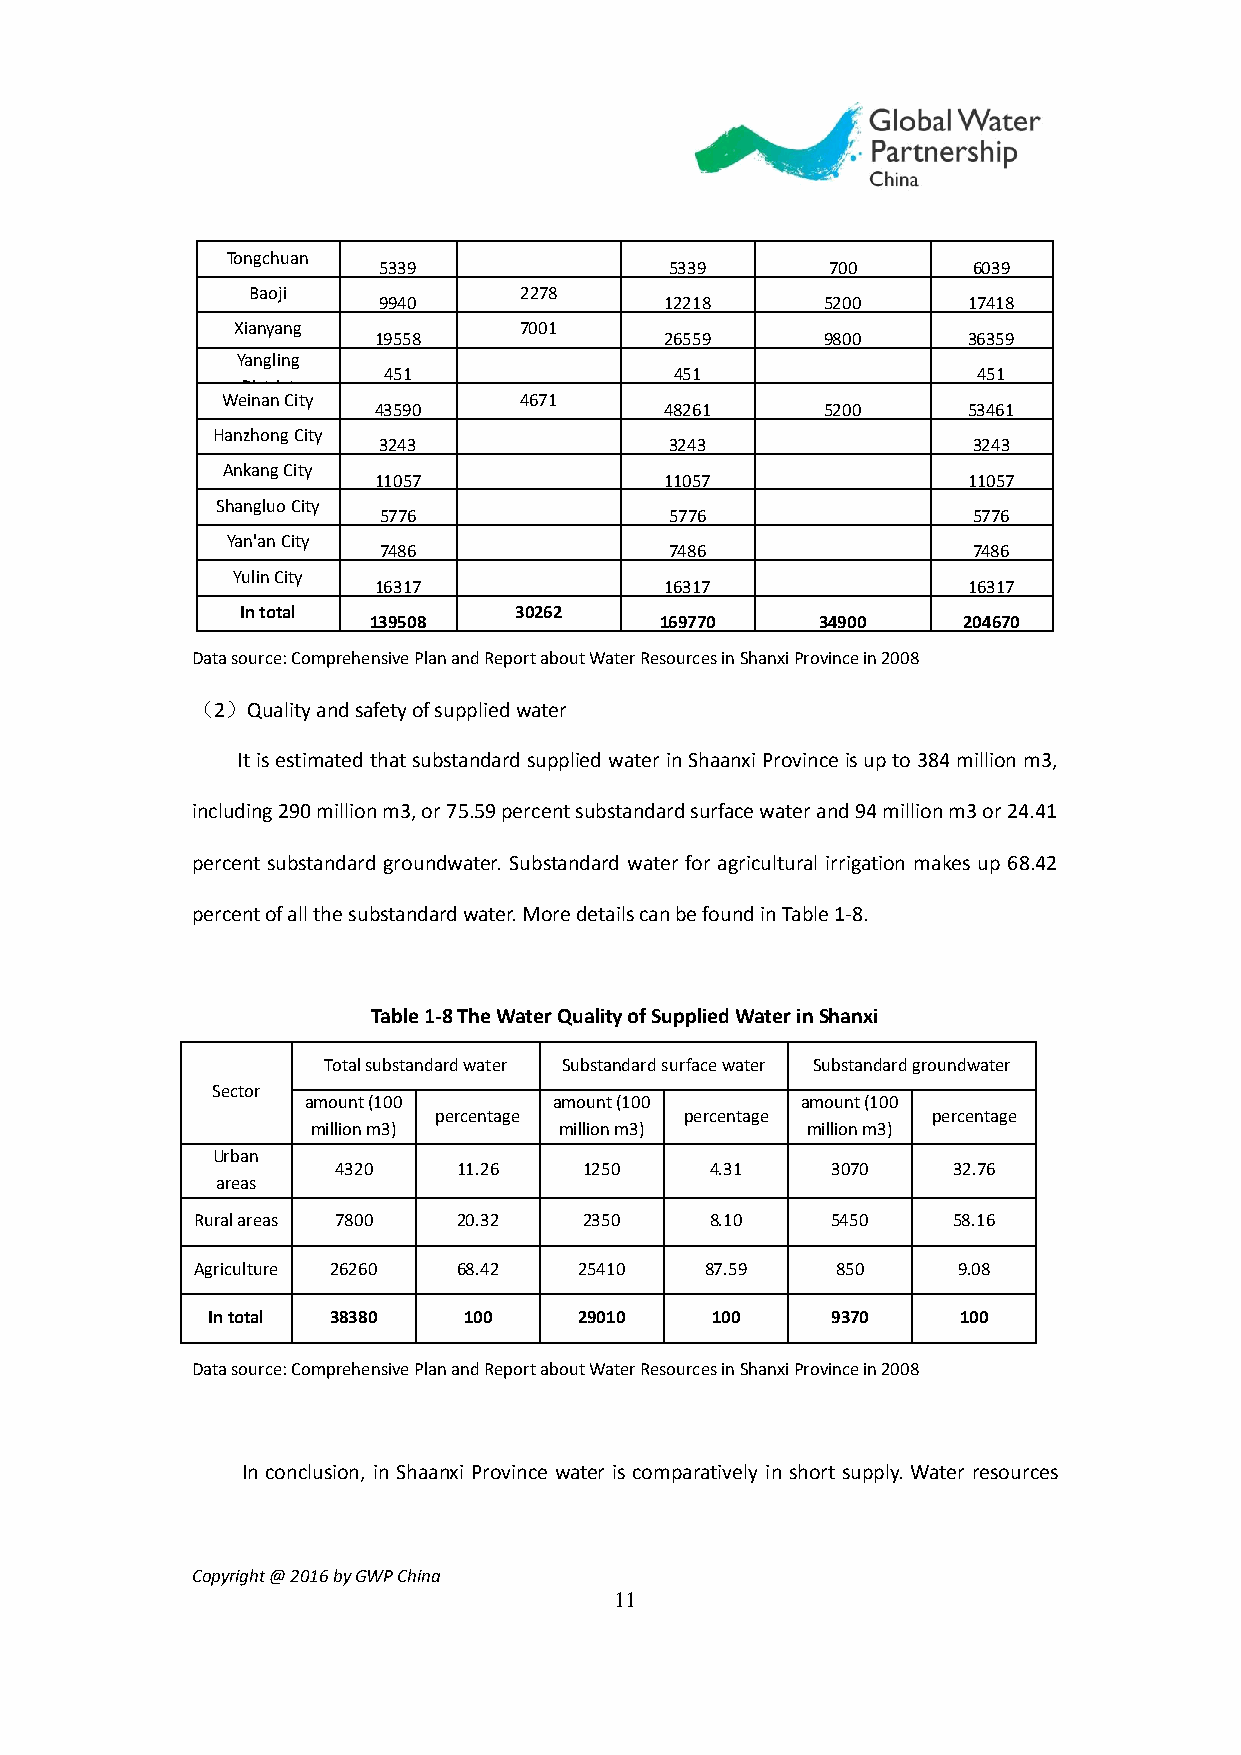
Tongchuan
 5339               5339       700      6039
 Baoji             2278
 9940               12218      5200     17418
 Xianyang           7001
 19558              26559      9800     36359
 Yangling
 451                 451                 451
 District
 Weinan City        4671
 43590              48261      5200     53461
 Hanzhong City
 3243               3243                3243
 Ankang City
 11057              11057               11057
 Shangluo City
 5776               5776                5776
 Yan'an City
 7486               7486                7486
 Yulin City
 16317              16317               16317
 In total          30262
 139508              169770    34900     204670
 Data source: Comprehensive Plan and Report about Water Resources in Shanxi Province in 2008
 （2）Quality and safety of supplied water
 It is estimated that substandard supplied water in Shaanxi Province is up to 384 million m3,
 including 290 million m3, or 75.59 percent substandard surface water and 94 million m3 or 24.41
 percent substandard groundwater. Substandard water for agricultural irrigation makes up 68.42
 percent of all the substandard water. More details can be found in Table 1-8.
 Table 1-8 The Water Quality of Supplied Water in Shanxi
 Total substandard water Substandard surface water Substandard groundwater
 Sector
 amount (100      amount (100     amount (100
 percentage      percentage       percentage
 million m3)     million m3)     million m3)
 Urban
 4320    11.26    1250    4.31    3070    32.76
 areas
 Rural areas 7800 20.32    2350    8.10    5450    58.16
 Agriculture 26260 68.42  25410    87.59   850     9.08
 In total 38380   100    29010    100     9370     100
 Data source: Comprehensive Plan and Report about Water Resources in Shanxi Province in 2008
 In conclusion, in Shaanxi Province water is comparatively in short supply. Water resources
 Copyright @ 2016 by GWP China
 11